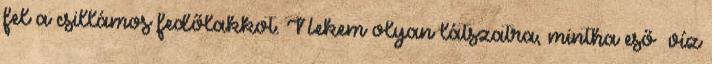
fel a csillámos fedőlakkot. Nekem olyan látszatra, mintha eső víz